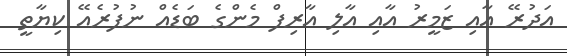
އަދުރޭ އާއި ޒަމީރު އާއި އާލި އާރިފް މެންގެ ބަޑެއް ނުފުރެއޭ ކިޔާތީ